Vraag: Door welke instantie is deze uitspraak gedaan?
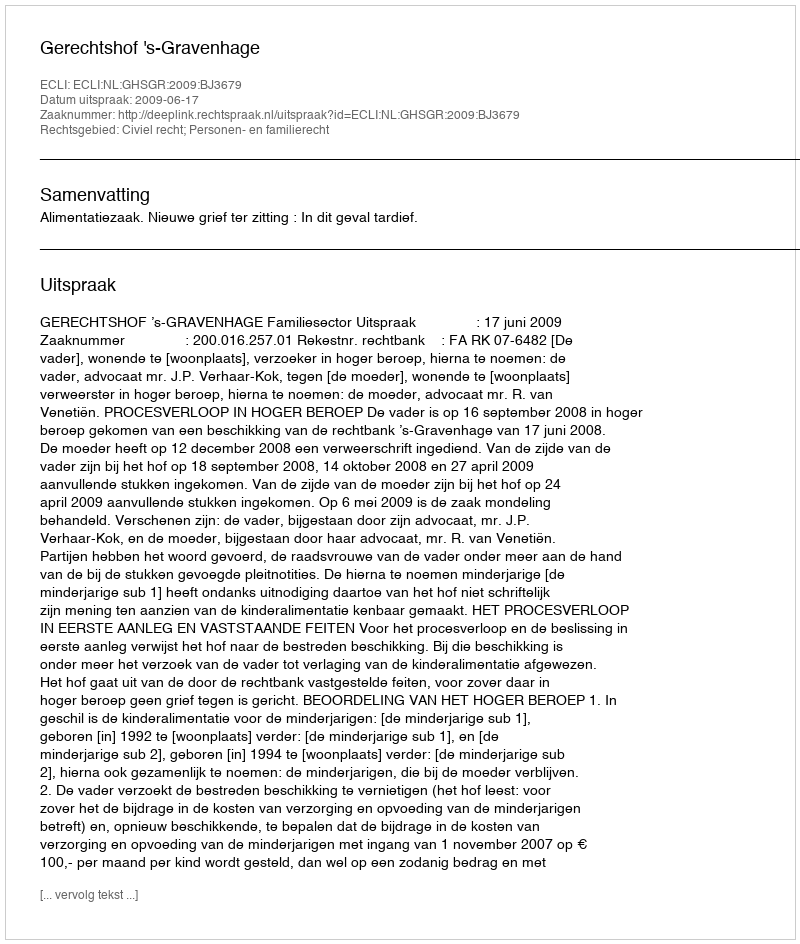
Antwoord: Gerechtshof 's-Gravenhage